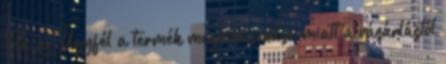
Ha az Ügyfél a termék meghibásodása miatt a vásárlástól